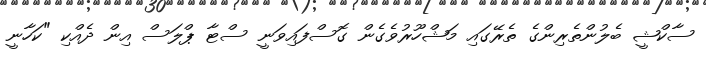
ސާކްޝީ ބެލުންތެރިންގެ ތެރޭގައި މަޝްހޫރުވެގެން ގޮސްފައިވަނީ ސްޓާ ޕްލަސް އިން ދެއްކި "ކަހާނީ